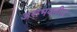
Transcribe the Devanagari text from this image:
असंभवनीय